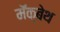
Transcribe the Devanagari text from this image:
मॅक्बेथ